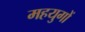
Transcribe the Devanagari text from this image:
महयुगों